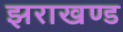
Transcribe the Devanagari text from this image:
झराखण्ड